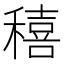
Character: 𥢗